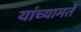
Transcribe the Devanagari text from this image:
यांच्यामते